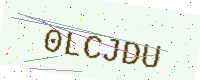
Text: 0LCJDU